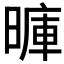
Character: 𪰽